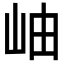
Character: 岫